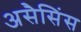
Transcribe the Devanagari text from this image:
असैसिंस